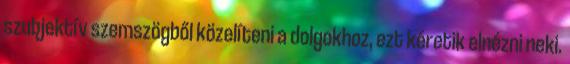
szubjektív szemszögből közelíteni a dolgokhoz, ezt kéretik elnézni neki.